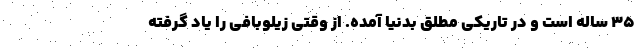
۳۵ ساله است و در تاریکی مطلق بدنیا آمده. از وقتی زیلوبافی را یاد گرفته